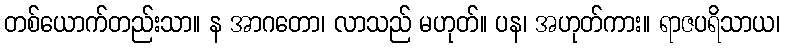
တစ်ယောက်တည်းသာ။ န အာဂတော၊ လာသည် မဟုတ်။ ပန၊ အဟုတ်ကား။ ရာဇပရိသာယ၊